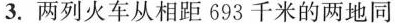
3. 两列火车从相距 693 千米的两地同